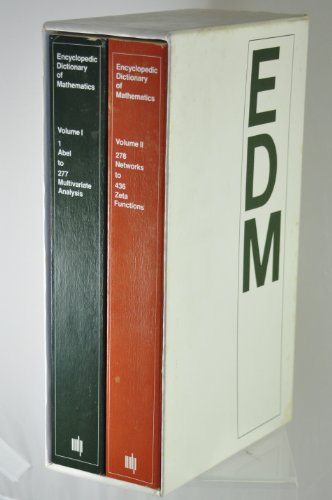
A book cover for Encyclopedic Dictionary of Mathematics (2 volume set); Shokichi Iyanaga; Science & Math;